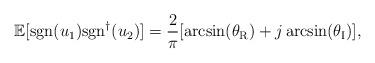
LaTeX: \begin{align*}\mathbb{E}[\mathrm{sgn}(u_1)\mathrm{sgn}^{\dag}(u_2)]=\frac{2}{\pi}[\arcsin(\theta_{\mathrm{R}})+j\arcsin(\theta_{\mathrm{I}})],\end{align*}